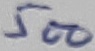
Text: 500